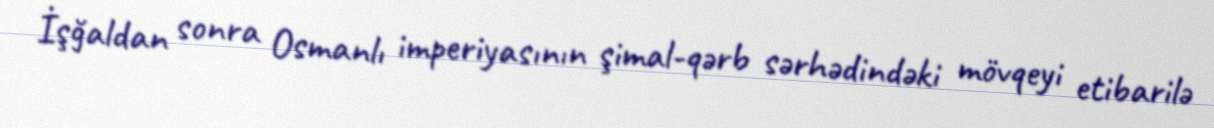
İşğaldan sonra Osmanlı imperiyasının şimal-qərb sərhədindəki mövqeyi etibarilə